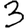
Digit: 3